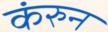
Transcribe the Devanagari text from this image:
कंरुन